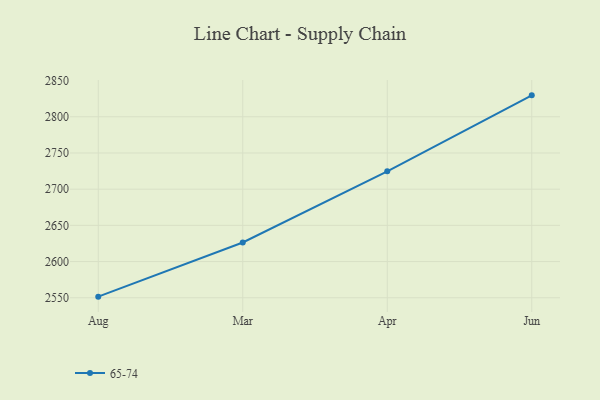
{"axis": {"x": "Month", "y": "Active Users"}, "legend": ["65-74"], "data": [{"x": "Aug", "y": 2551.5, "type": "65-74"}, {"x": "Mar", "y": 2626.3, "type": "65-74"}, {"x": "Apr", "y": 2724.6, "type": "65-74"}, {"x": "Jun", "y": 2829.6, "type": "65-74"}]}